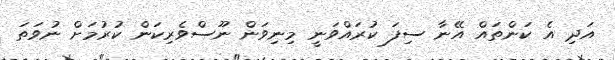
އަދި އެ ކަންތައް އޭނާ ސިފަ ކުރައްވަނީ މިނިވަން ނޫސްވެރިކަން ކުރުމަށް ނުވަތަ